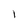
Character: l